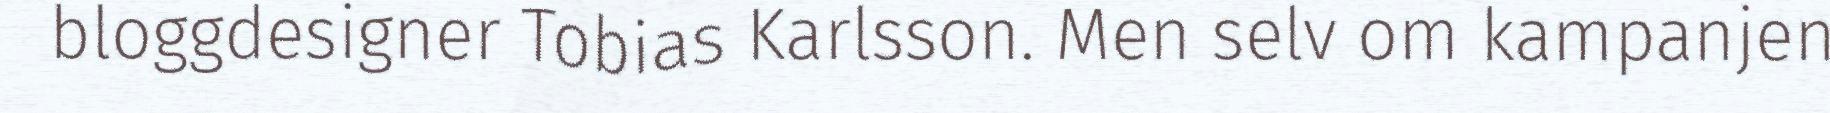
bloggdesigner Tobias Karlsson. Men selv om kampanjen